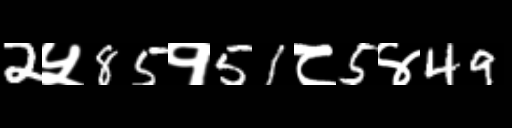
Text: 2५85१51८5४49